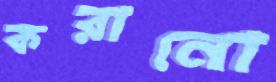
করানো